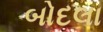
બોદલા